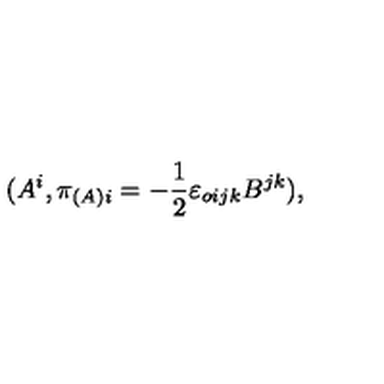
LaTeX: ( A ^ { i } , \pi _ { ( A ) i } = - \frac { 1 } { 2 } { \varepsilon } _ { o i j k } B ^ { j k } ) ,